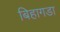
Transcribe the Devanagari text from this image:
बिहागडा